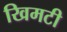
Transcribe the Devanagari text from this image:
खिमटी